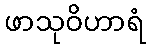
ဖာသုဝိဟာရံ